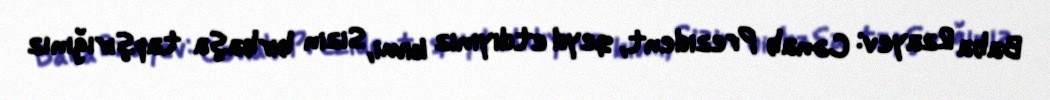
Baba Rzayev: Cənab Prezident, qeyd etdiyiniz kimi, Sizin birbaşa tapşırığınız